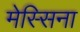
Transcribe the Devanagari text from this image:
मेस्सिना